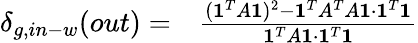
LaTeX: \begin{array}{rl}{\delta_{g,in-w}(out)=}&{{}\frac{(\mathbf{1}^{T}A\mathbf{1})^{2}-\mathbf{1}^{T}A^{T}A\mathbf{1}\cdot\mathbf{1}^{T}\mathbf{1}}{\mathbf{1}^{T}A\mathbf{1}\cdot\mathbf{1}^{T}\mathbf{1}}}\end{array}